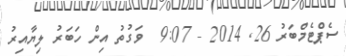
ސެޕްޓެމްބަރު 26